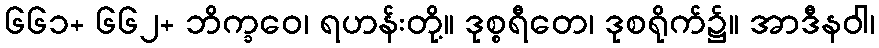
၆၆၁+ ၆၆၂+ ဘိက္ခဝေ၊ ရဟန်းတို့။ ဒုစ္စရီတေ၊ ဒုစရိုက်၌။ အာဒီနဝါ၊